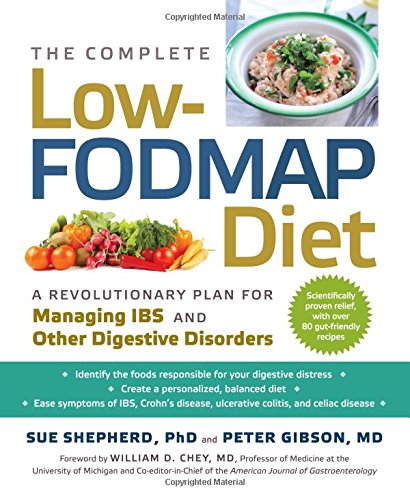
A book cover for The Complete Low-FODMAP Diet: A Revolutionary Plan for Managing IBS and Other Digestive Disorders; Sue Shepherd PhD; Health, Fitness & Dieting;